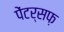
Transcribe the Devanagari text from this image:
पेंटर्सफ़